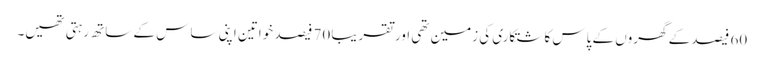
60 فیصد کے گھروں کے پاس کاشتکاری کی زمین تھی اور تقریبا 70 فیصد خواتین اپنی ساس کے ساتھ رہتی تھیں۔